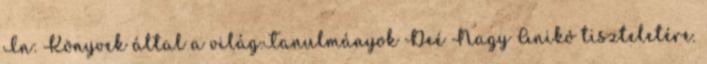
In: Könyvek által a világ.Tanulmányok Deé Nagy Anikó tiszteletére.